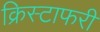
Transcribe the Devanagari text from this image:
क्रिस्टाफरी